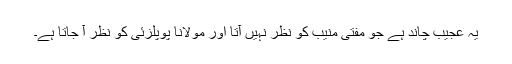
یہ عجیب چاند ہے جو مفتی منیب کو نظر نہیں آتا اور مولانا پوپلزئی کو نظر آ جاتا ہے۔